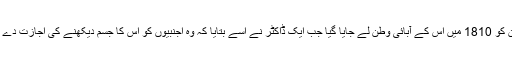
ایک خوسین خاتون سارہ بارٹمین کو 1810 میں اس کے آبائی وطن لے جایا گیا جب ایک ڈاکٹر نے اسے بتایا کہ وہ اجنبیوں کو اس کا جسم دیکھنے کی اجازت دے کر خوش قسمت کما سکتی ہے۔